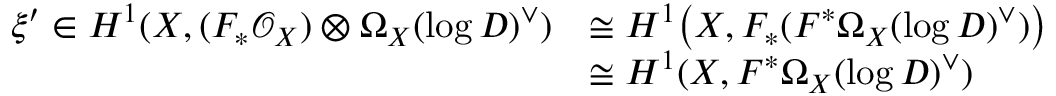
\begin{array} { r l } { \xi ^ { \prime } \in H ^ { 1 } ( X , ( F _ { * } \mathcal O _ { X } ) \otimes \Omega _ { X } ( \mathrm { l o g } \, D ) ^ { \vee } ) } & { \cong H ^ { 1 } \big ( X , F _ { * } ( F ^ { * } \Omega _ { X } ( \mathrm { l o g } \, D ) ^ { \vee } ) \big ) } \\ & { \cong H ^ { 1 } ( X , F ^ { * } \Omega _ { X } ( \mathrm { l o g } \, D ) ^ { \vee } ) } \end{array}